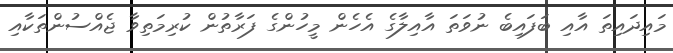
މައިދައިތަ އާއި ބަފައިބެ ނުވަތަ އާއިލާގެ އެހެން މީހުންގެ ފަރާތުން ކުރިމަތިވާ ޖެއްސުންތަކާއި